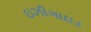
ઇઝીગાઇડ